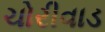
ચોરીવાડ